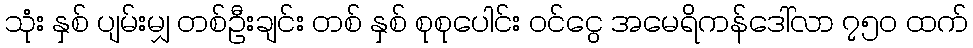
သုံး နှစ် ပျမ်းမျှ တစ်ဦးချင်း တစ် နှစ် စုစုပေါင်း ဝင်ငွေ အမေရိကန်ဒေါ်လာ ၇၅၀ ထက်